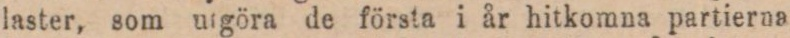
laster, som utgöra de första i år hitkomna partierna